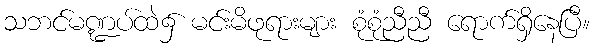
သဘင်မဏ္ဍပ်ထဲ၌ မင်းမိဖုရားများ စုံစုံညီညီ ရောက်ရှိနေပြီ။